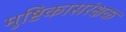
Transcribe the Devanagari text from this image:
मुष्टिकासरंक्षक